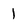
Character: 1